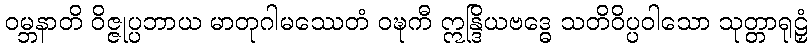
ဝမ္ဘနာတိ ဝိဇ္ဇုပ္ပဘာယ မာတုဂါမဿေတံ ဝဍ္ဎကီ ဣန္ဒြိယဗဒ္ဓေ သတိဝိပ္ပဝါသော သုတ္တာရုဠှံ